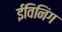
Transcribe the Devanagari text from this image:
ईविनिंग